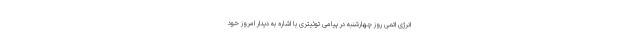
انرژی اتمی روز چهارشنبه در پیامی توئیتری با اشاره به دیدار امروز خود